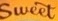
Sweet